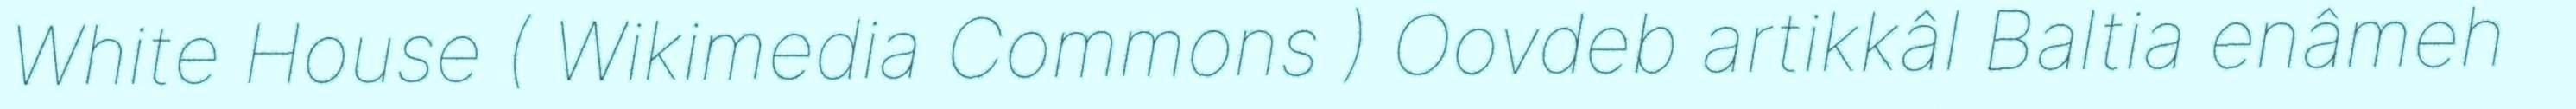
White House ( Wikimedia Commons ) Oovdeb artikkâl Baltia enâmeh